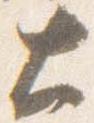
大